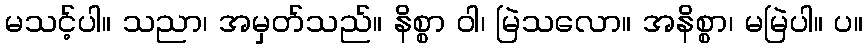
မသင့်ပါ။ သညာ၊ အမှတ်သည်။ နိစ္စာ ဝါ၊ မြဲသလော။ အနိစ္စာ၊ မမြဲပါ။ ပ။